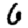
Digit: 6